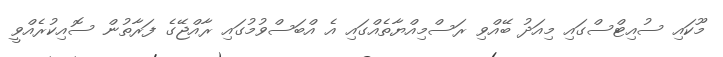
މޫކައި ސުއިޓްސްގައި މިއަދު ބޭއްވި ރަސްމިއްޔާތެއްގައި އެ އްބަސްވުމުގައި ރާއްޖޭގެ ފަރާތުން ސޮއިކުރެއްވީ